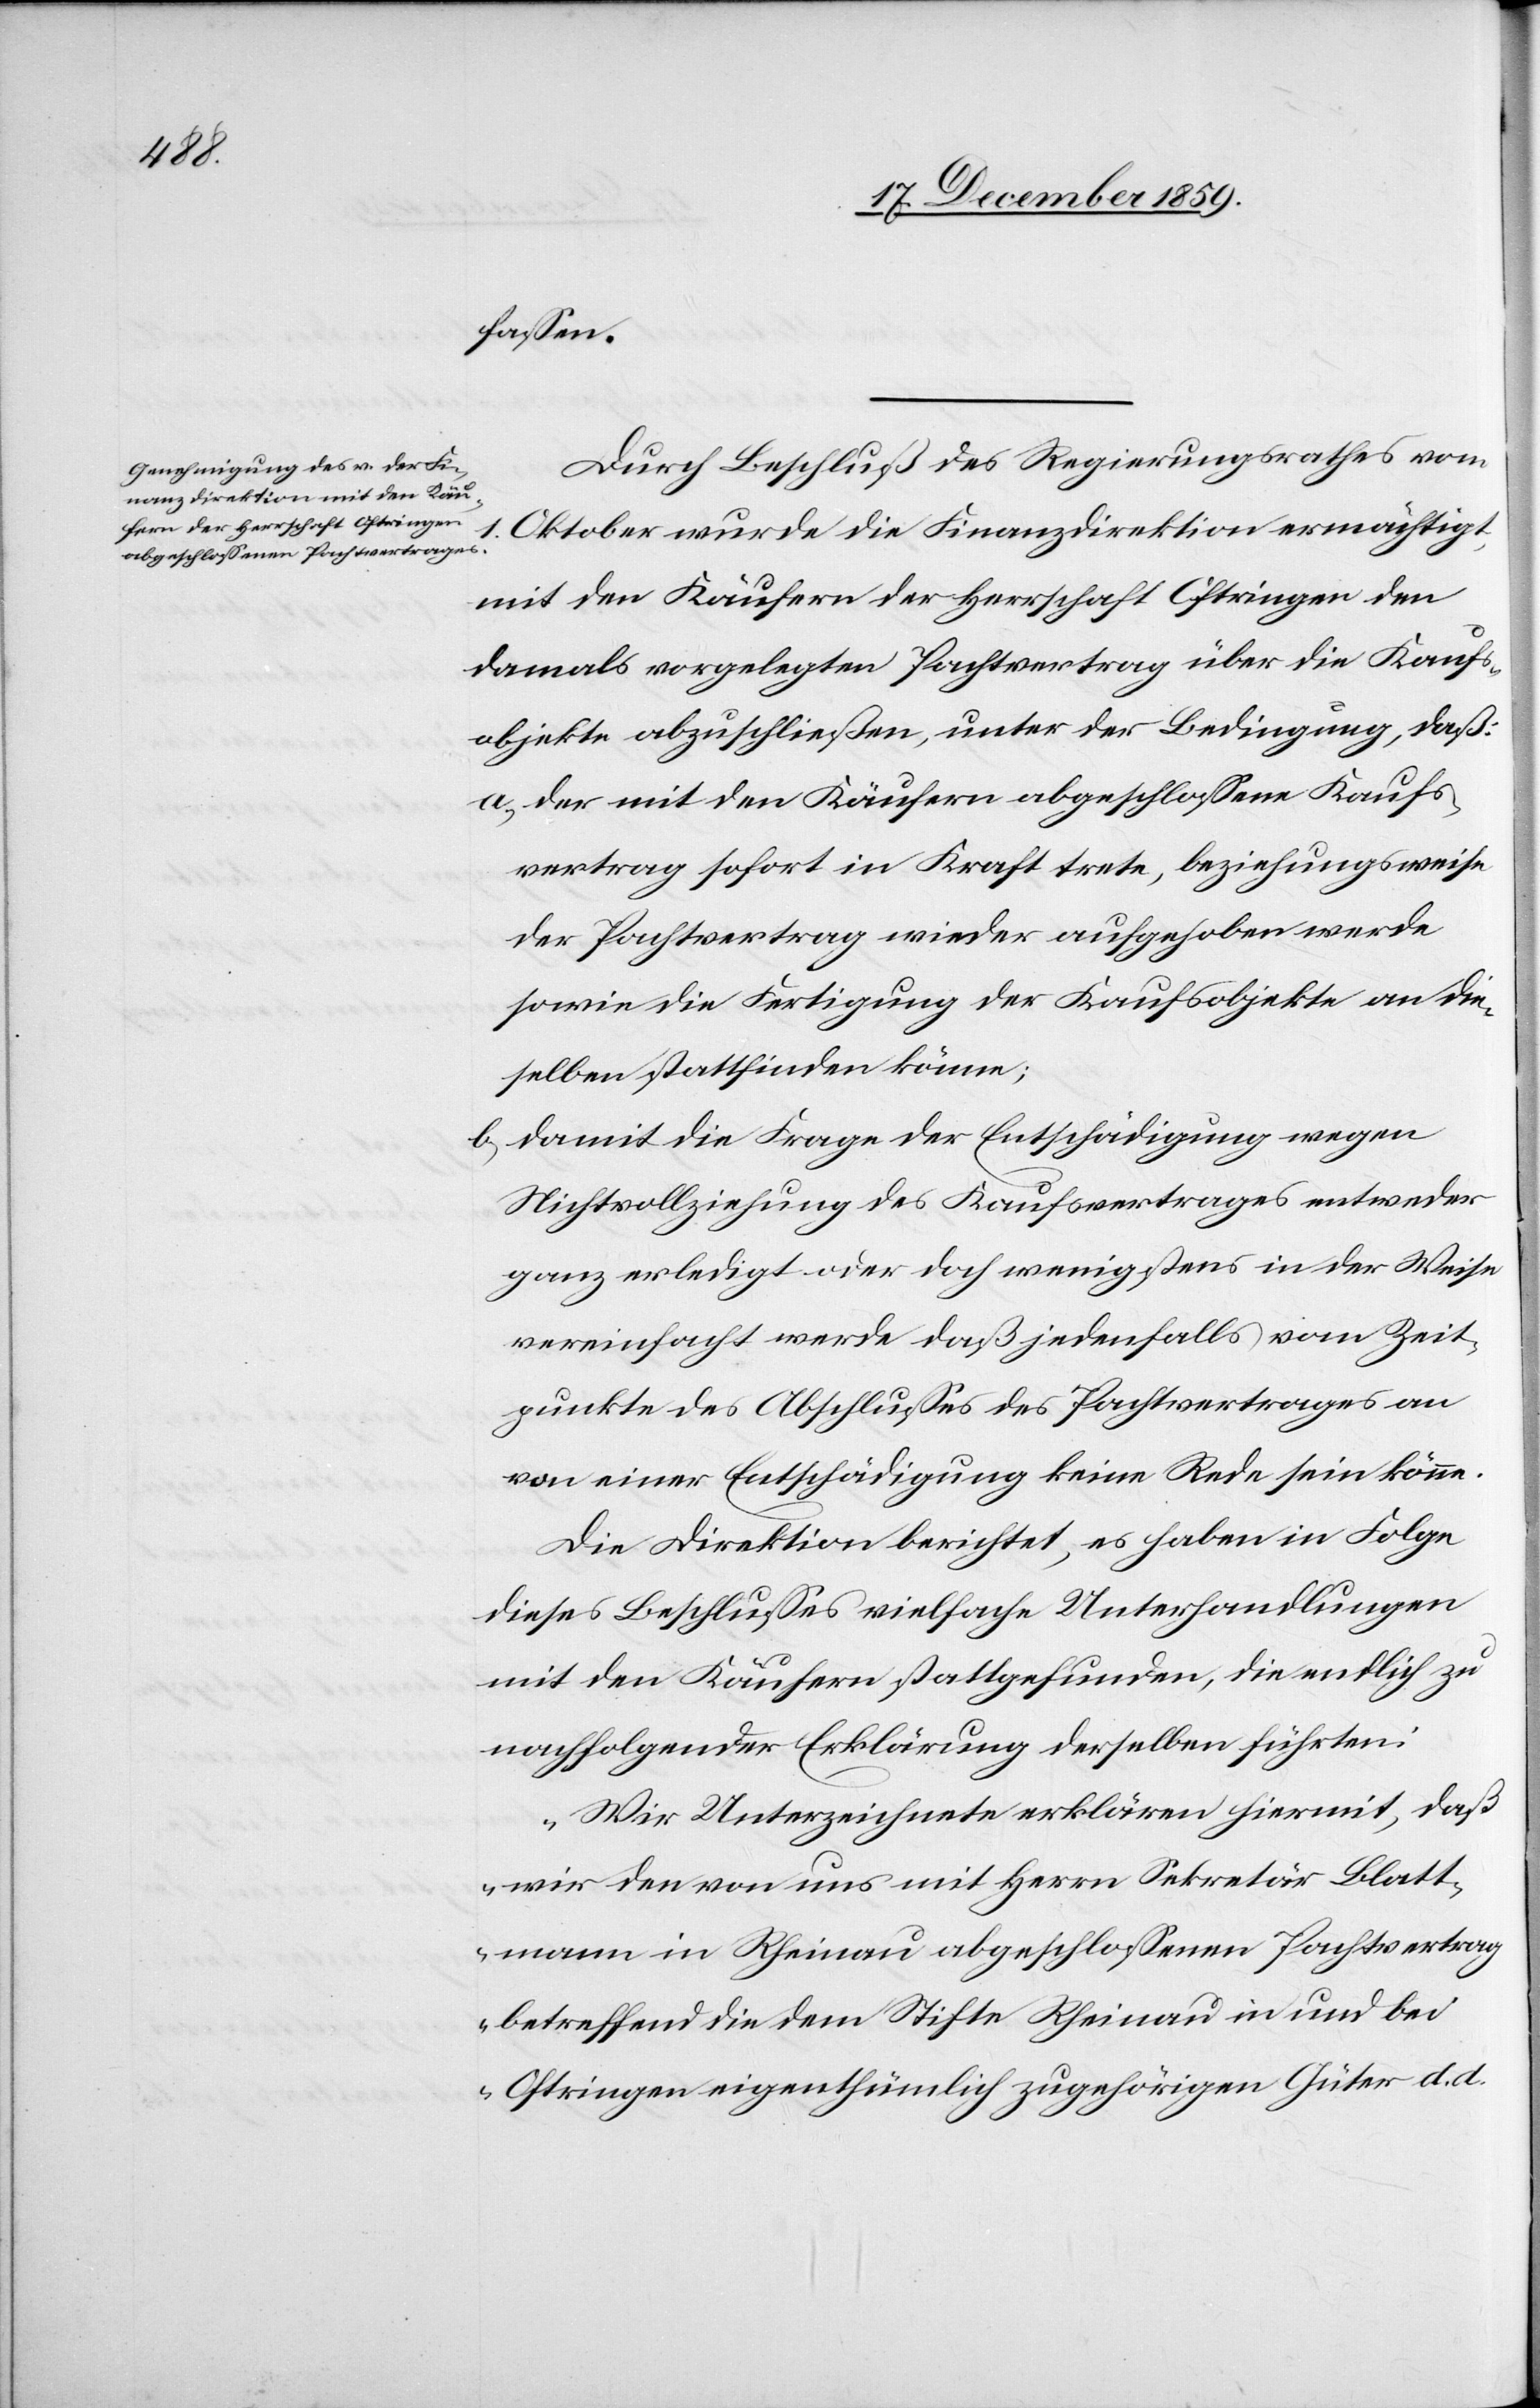
fassen.
Durch Beschluß des Regierungsrathes vom
Oktober wurde die Finanzdirektion ermächtigt,
mit den Käufern der Herrschaft Oftringen den
damals vorgelegten Pachtvertrag über die Kaufs¬
objekte abzuschließen, unter der Bedingung, daß:
a) der mit den Käufern abgeschlossene Kaufs¬
vertrag sofort in Kraft trete, beziehungsweise
der Pachtvertrag wieder aufgehoben werde
sowie die Fertigung der Kaufsobjekte an die¬
selben stattfinden könne;
b) damit die Frage der Entschädigung wegen
Nichtvollziehung des Kaufsvertrages entweder
ganz erledigt oder doch wenigstens in der Weise
vereinfacht werde daß jedenfalls vom Zeit¬
punkte des Abschlusses des Pachtvertrages an
von einer Entschädigung keine Rede sein könne.
Die Direktion berichtet, es haben in Folge
dieses Beschlusses vielfache Unterhandlungen
mit den Käufern stattgefunden, die endlich zu
nachfolgender Erklärung derselben führten:
„Wir Unterzeichnete erklären hiermit, daß
wir den von uns mit Herrn Sekretär Blatt¬
mann in Rheinau abgeschlossenen Pachtvertrag
betreffend die dem Stifte Rheinau in und bei
Oftringen eigenthümlich zugehörigen Güter d. d.